Laimjala_vallavalitsus, lk 9
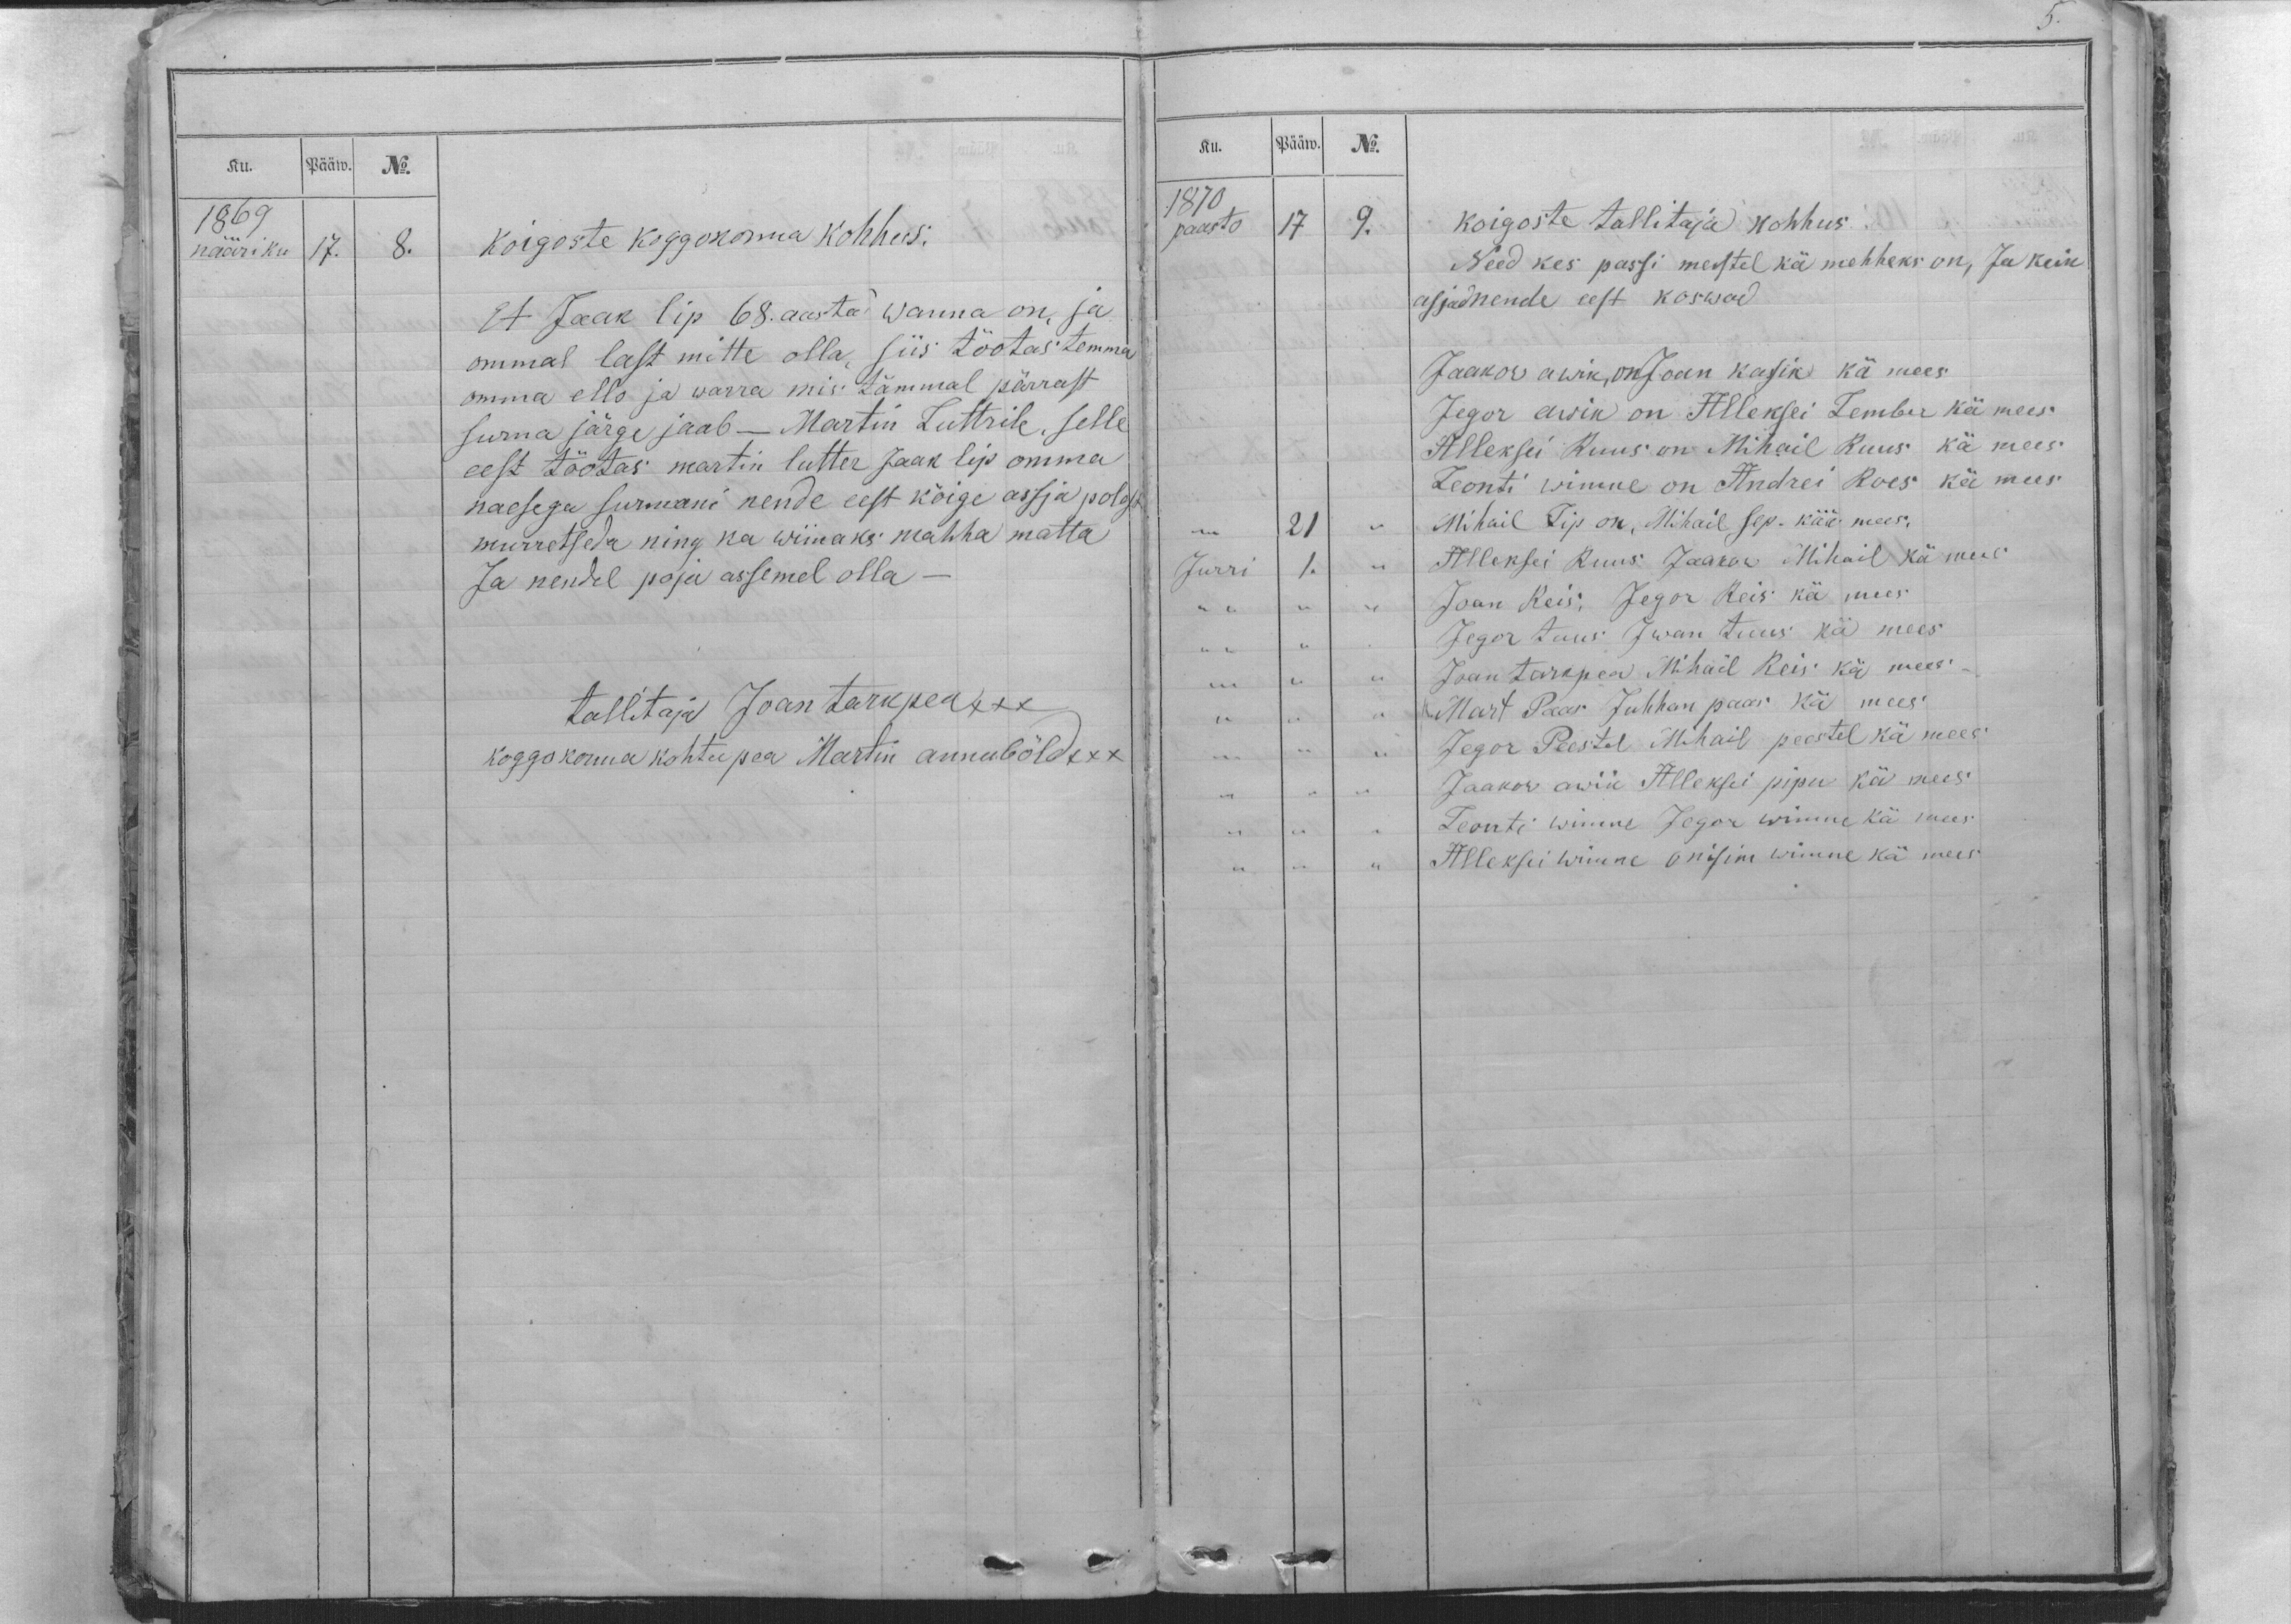
Ku.
Pääw.
No.
1869
nääri ku
17.
8.
koigoste koggokonna kohhus.
Et Jaak lip 68. aasta wanna on, ja
ommal last mitte olla, siis tõotas temma
omma ello ja warra mis tämmal pärrast
surma järge jääb - Martin Luttrile, selle
eest tõotas martin lutter Jaak lip omma
naesega surmani nende eest kõige assja polest
murretseda ning ka wimaks mahha matta
Ja nendel poja assemel olla -
tallitaja Jaan tarkpea xxx
koggokonna kohtu pea Martin annubõld xxx

Ku.
Pääw.
No.
1870
paasto
17
9.
koigoste tallitaja kohhus
Need kes passi meestel kä mehheks on, Ja keik
asjad nende eest koswad
Jaakow awik, on Jaan kassik kä mees
Jegor awik on Alleksei Lember kä mees
Alleksei Ruus on Mihail Ruus kä mees
Leonti wimne on Andrei Roes kä mees
,,
21
„
Mihail Lip on, Mihail sep. kää mees,
Jurri
1.
"
Alleksei Ruus Jaakow Mihail kä mees
Joan Reis, Jegor Reis kä mees
Jegor tuus Iwan tuus kä mees
Jaan tarkpea Mihail Reis kä mees-
Mart Paas Juhhan paas kä mees
Jegor Peestel Mihail peestel kä mees
Jaakow awik Alleksei pipu kä mees
Leonti wimne Jegor wimne kä mees
Alleksei wimne on isim wimne kä mees